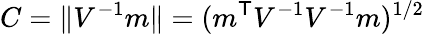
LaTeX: C=\| V^{-1}m\| =(m^{\mathsf{T}}V^{-1}V^{-1}m)^{1/2}